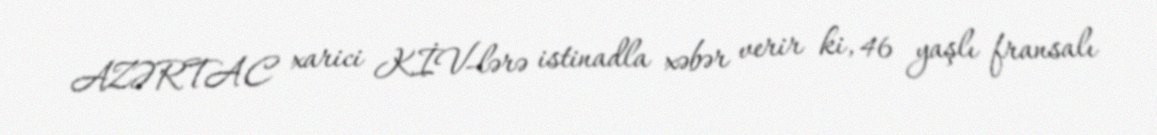
AZƏRTAC xarici KİV-lərə istinadla xəbər verir ki, 46 yaşlı fransalı